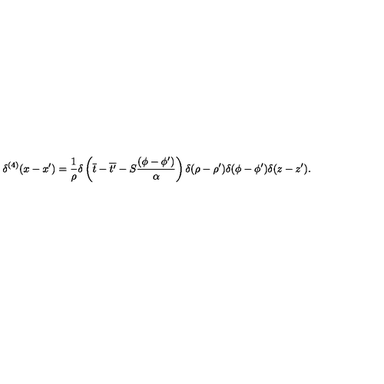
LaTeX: \delta ^ { ( 4 ) } ( x - x ^ { \prime } ) = \frac { 1 } { \rho } \delta \left( \overline { { t } } - \overline { { t ^ { \prime } } } - S \frac { ( \phi - \phi ^ { \prime } ) } { \alpha } \right) \delta ( \rho - \rho ^ { \prime } ) \delta ( \phi - \phi ^ { \prime } ) \delta ( z - z ^ { \prime } ) .